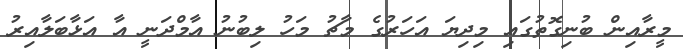
މީރާއިން ބުނިގޮތުގައި މިދިޔަ އަހަރުގެ މާޗު މަހު ލިބުނު އާމްދަނީ އާ އަޅާބަލާއިރު